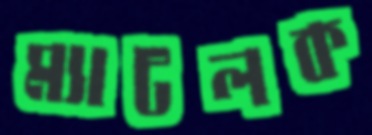
ম্যাটলক